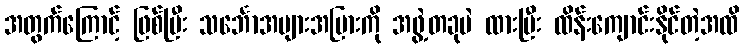
အတွက်ကြောင့် ဖြစ်ပြီး သင်္ဘောအများအပြားကို အဖွဲ့တခုပဲ ထားပြီး ထိန်းကျောင်းနိုင်တဲ့အထိ